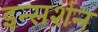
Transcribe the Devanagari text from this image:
इन्सर्शन